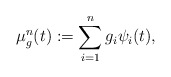
\begin{align*}\mu^n_g(t) := \sum_{i=1}^ng_i\psi_i(t), \end{align*}